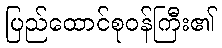
ပြည်ထောင်စုဝန်ကြီး၏